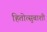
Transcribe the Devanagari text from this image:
हितोत्सुबाशी